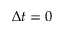
\Delta t = 0